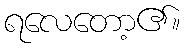
ရလေတော့၏။